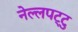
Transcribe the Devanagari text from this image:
नेल्‍लपट्टु